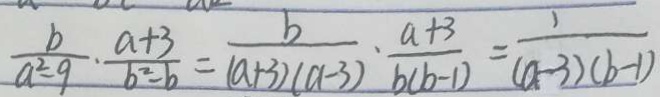
\frac { b } { a ^ { 2 } - 9 } \cdot \frac { a + 3 } { b ^ { 2 } - b } = \frac { b } { ( a + 3 ) ( a - 3 ) } \cdot \frac { a + 3 } { b ( b - 1 ) } = \frac { 1 } { ( a - 3 ) ( b - 1 ) }